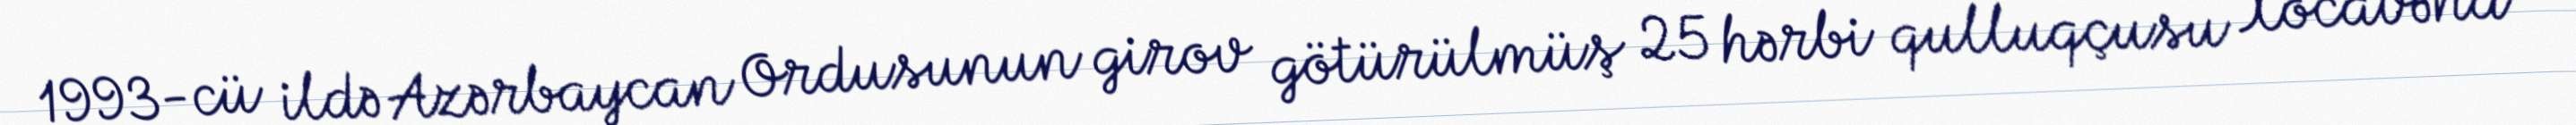
1993-cü ildə Azərbaycan Ordusunun girov götürülmüş 25 hərbi qulluqçusu Xocavənd